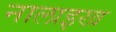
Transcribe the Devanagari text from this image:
नालाइख